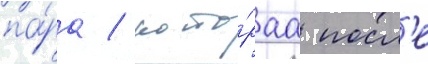
па́ра / кото́раа посл'е